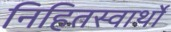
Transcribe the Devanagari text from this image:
निहितस्वार्थों